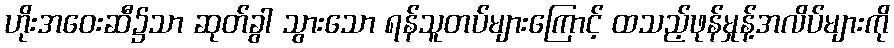
ဟိုးအဝေးဆီ၌သာ ဆုတ်ခွါ သွားသော ရန်သူတပ်များကြောင့် ထသည့်ဖုန်မှုန့်အလိပ်များကို